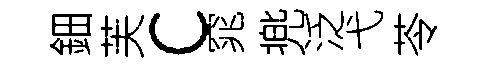
鈿芙c窕兠泛弋苓